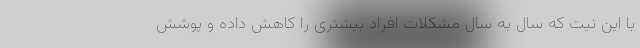
با این نیت که سال به سال مشکلات افراد بیشتری را کاهش داده و پوشش